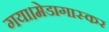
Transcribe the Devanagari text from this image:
गया।मेडागास्कर